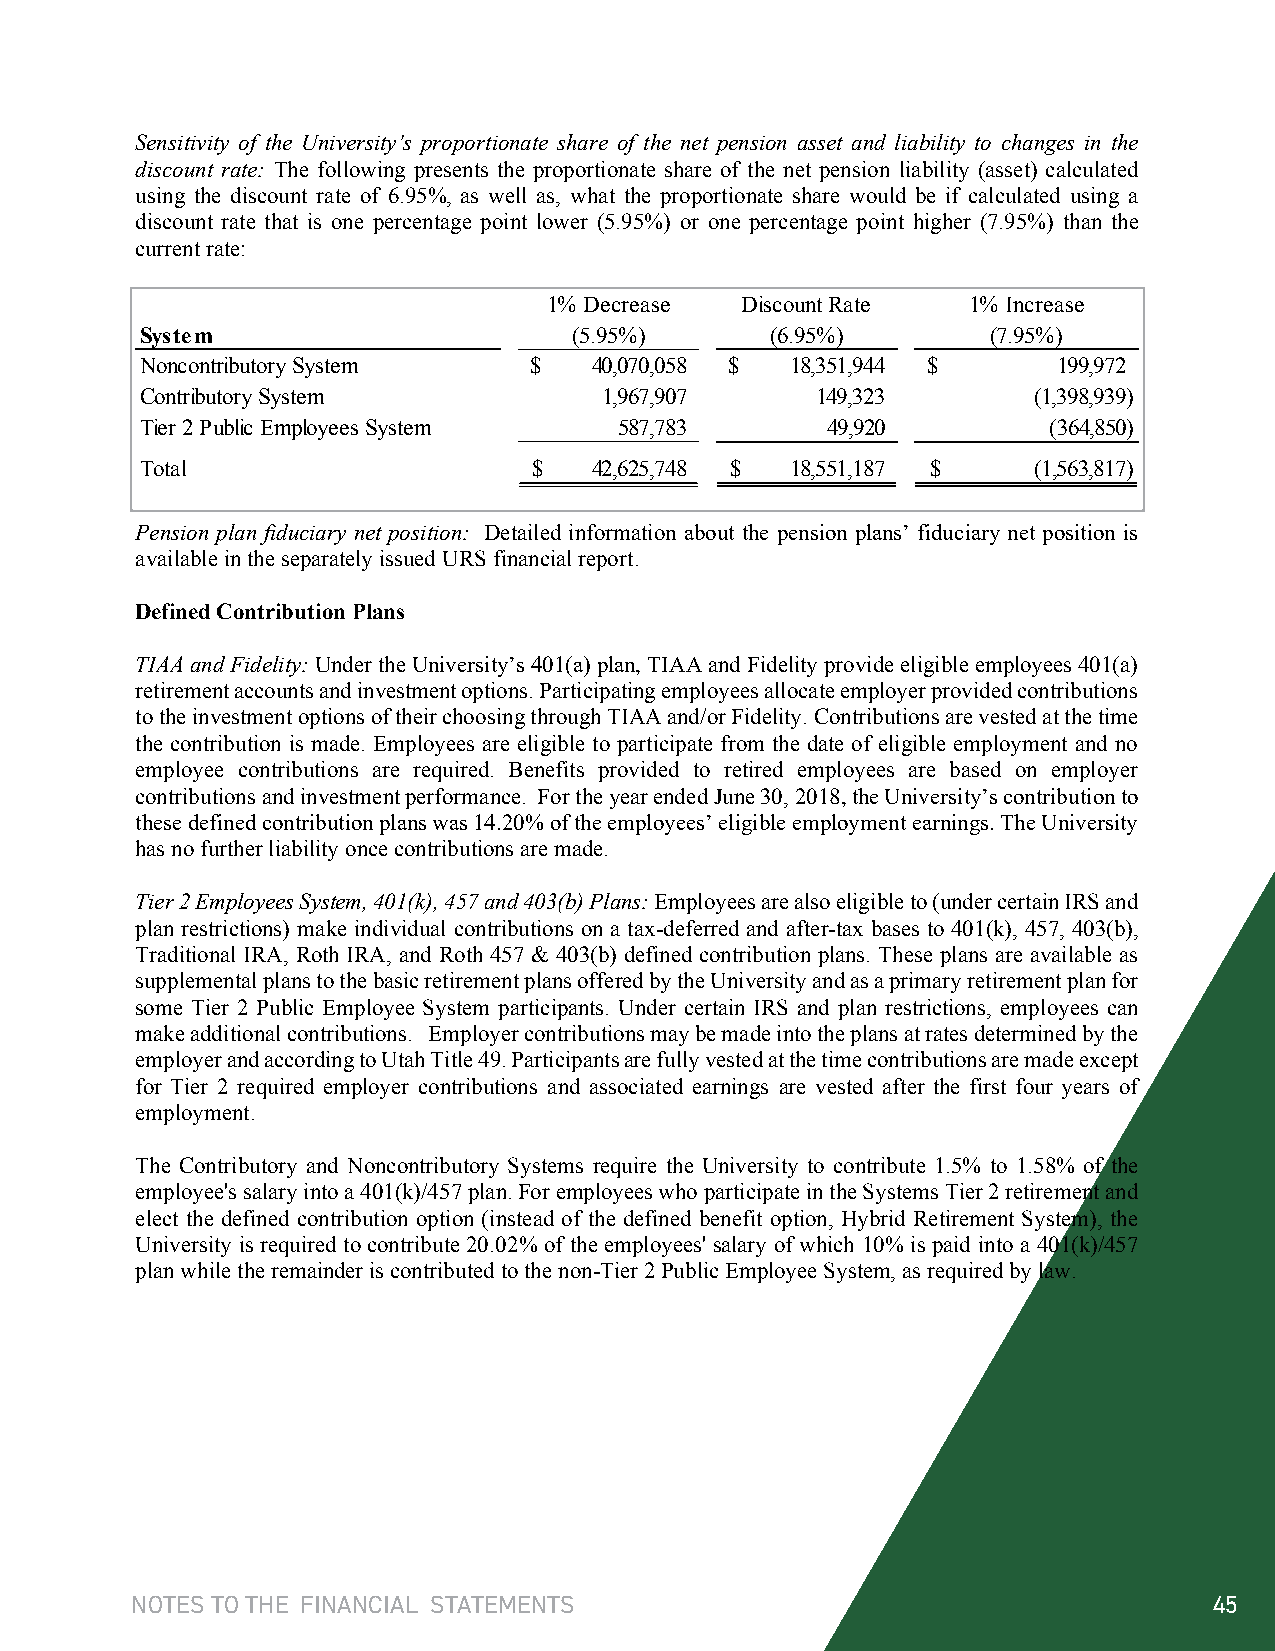
Sensitivity of the University’s proportionate share of the net pension asset and liability to changes in the
 discount rate: The following presents the proportionate share of the net pension liability (asset) calculated
 using the discount rate of 6.95%, as well as, what the proportionate share would be if calculated using a
 discount rate that is one percentage point lower (5.95%) or one percentage point higher (7.95%) than the
 current rate:
 1% Decrease  Discount Rate  1% Increase
 System                       (5.95%)      (6.95%)        (7.95%)
 Noncontributory System    $   40,070,058 $ 18,351,944 $      199,972
 Contributory System            1,967,907     149,323       (1,398,939)
 Tier 2 Public Employees System  587,783       4 9,920       ( 364,850)
 Total                     $   4 2,625,748 $ 18,551,187 $   (1,563,817)
 Pension plan fiduciary net position: Detailed information about the pension plans’ fiduciary net position is
 available in the separately issued URS financial report.
 Defined Contribution Plans
 TIAA and Fidelity:Under theUniversity’s 401(a) plan, TIAAand Fidelity provide eligible employees 401(a)
 retirement accounts and investment options. Participating employees allocate employer provided contributions
 to the investment options of their choosing through TIAAand/or Fidelity. Contributions are vested at the time
 the contribution is made. Employees are eligible to participate from the date of eligible employment and no
 employee contributions are required. Benefits provided to retired employees are based on employer
 contributions and investment performance. For the year ended June 30, 2018, the University’s contribution to
 these defined contribution plans was 14.20% of the employees’ eligible employment earnings. The University
 has no further liability once contributions are made.
 Tier 2 Employees System, 401(k), 457 and 403(b) Plans:Employees are also eligible to (under certain IRS and
 plan restrictions) make individual contributions on a tax-deferred and after-tax bases to 401(k), 457, 403(b),
 Traditional IRA, Roth IRA, and Roth 457 & 403(b) defined contribution plans. These plans are available as
 supplemental plans to the basic retirement plans offered by the Universityand as a primary retirement plan for
 some Tier 2 Public Employee System participants. Under certain IRS and plan restrictions, employees can
 make additional contributions. Employer contributions may be made into the plans at rates determined by the
 employer and according to Utah Title 49. Participantsare fully vested at the time contributions are made except
 for Tier 2 required employer contributions and associated earnings are vested after the first four years of
 employment.
 The Contributory and Noncontributory Systems require the University to contribute 1.5% to 1.58% of the
 employee's salary into a401(k)/457 plan. For employees who participate in the Systems Tier 2 retirement and
 elect the defined contribution option (instead of the defined benefit option, Hybrid Retirement System), the
 University is required to contribute 20.02% of the employees' salary of which 10% is paid into a 401(k)/457
 plan while the remainder is contributed to the non-Tier 2Public Employee System, as required by law.
 NOTES TO THE FINANCIAL STATEMENTS                                      45
 44